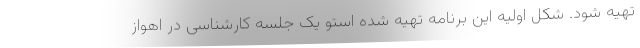
تهیه شود. شکل اولیه این برنامه تهیه شده استو یک جلسه کارشناسی در اهواز